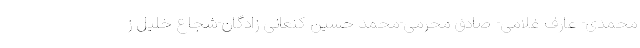
محمدی- عارف غلامی- صادق محرمی-محمد حسین کنعانی زادگان-شجاع خلیل ز